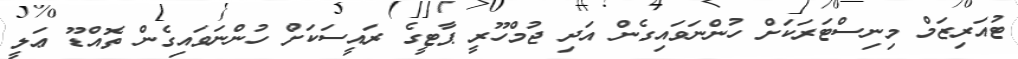
ޓުއަރިޒަމް މިނިސްޓަރަކަށް ހުންނަވައިގެން އަދި ޖުމްހޫރީ ޕާޓީގެ ރައީސަކަށް ހުންނަވައިގެން ތޮއްޑޫ ޢަލީ